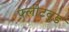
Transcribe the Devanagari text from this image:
फ़्लीटवुड